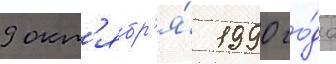
9 окт'ябр'я́ 1990 го́да